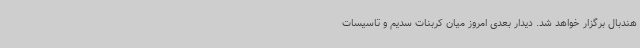
هندبال برگزار خواهد شد. دیدار بعدی امروز میان کربنات سدیم و تاسیسات